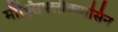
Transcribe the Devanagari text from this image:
मौक्सिफ्लौक्सासिन